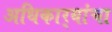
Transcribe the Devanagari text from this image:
अधिकार्‍यांचा